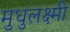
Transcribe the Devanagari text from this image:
मुधुलक्ष्मी